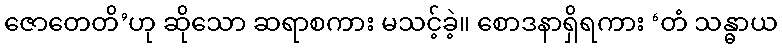
ဇောတေတိ’ဟု ဆိုသော ဆရာစကား မသင့်ခဲ့။ စောဒနာရှိရကား ‘တံ သန္ဓာယ